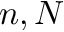
n , N